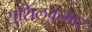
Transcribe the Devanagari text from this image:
सुशिलकुमार